Lunatic asylums Central Provinces reports 1886-1894 - 1886-1894
Year: 1886
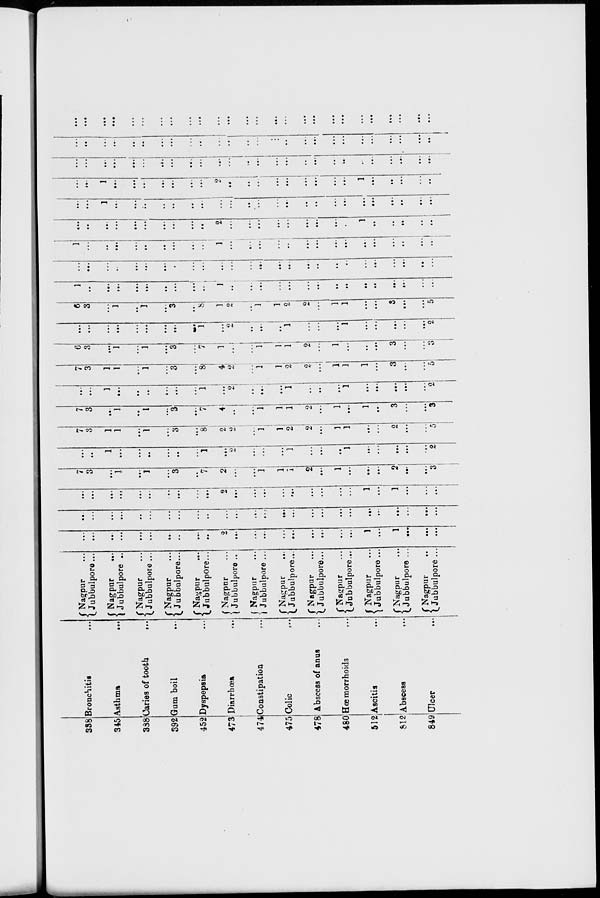
338
345
388
392
452
473
474
475
478
480
512
812
849
Bronchitis
...
Asthma
...
Caries of tooth
...
Gum boil ...
Dyspepsia ...
Diarrhœa
...
Constipation ...
Colic ...
Abscess of anus ...
Hœmorrhoids
...
Ascitis ...
Abscess ...
Ulcer
...
Nagpur ...
Jubbulpore ...
Nagpar
...
Jubbulpore ...
Nagpur ...
Jubbulpore ...
Nagpur ...
Jubbulpore ...
Nagpur
...
Jubbulpore ...
Nagpur ...
Jubbulpore ...
Nagpur ...
Jubbulpore ...
Nagpur ...
Jubbulpore ...
Nagpur ...
Jubbulpore ...
Nagpur ...
Jubbulpore ...
Nagpur ...
Jubbulpore ...
Nagpur ...
Jubbulpore ...
Nagpur ...
Jubbulpore ...
...
...
...
...
...
...
...
...
...
...
2
...
...
...
...
...
...
...
...
...
1
...
1
...
...
...
...
...
...
...
...
...
...
...
...
...
...
...
...
...
...
...
...
...
...
...
...
...
...
...
...
...
...
...
...
...
...
...
...
...
...
...
2
...
...
...
...
...
...
...
...
...
1
...
1
...
...
...
7
3
...
1
...
1
...
3
...
7
2
...
...
1
1
1
2
...
1
...
...
...
2
...
.. .
3
...
...
1
...
...
...
...
...
...
1
...
...
...
...
...
1
...
...
...
1
...
...
...
...
...
2
7
3
1
1
...
1
...
3
...
8
2
...
...
1
...
2
2
...
1
1
...
...
2
...
...
5
7
3
...
1
...
1
...
3
...
7
4
...
...
1
1
1
2
...
1
.. .
1
...
3
...
...
3
...
...
1
...
...
...
...
...
...
1
...
2
...
...
...
1
...
...
...
1
...
...
...
...
...
2
7
3
1
1
...
1
...
3
...
8
4
2
...
1
1
2
2
...
1
1
1
...
3
...
...
5
6
3
...
1
...
1
...
3
...
7
1
...
...
1
1
1
2
...
1
...
...
...
3
...
...
3
...
...
...
...
...
...
...
...
...
1
...
2
...
...
...
1
...
...
...
1
...
...
...
...
...
2
6
3
...
1
...
1
...
3
...
8
1
2
...
1
1
2
...
...
1
1
...
...
3
...
...
5
1
...
...
...
...
...
...
...
...
...
1
...
...
...
...
...
...
...
..
...
...
...
...
...
...
...
...
...
...
...
...
...
...
...
...
...
...
...
...
...
...
...
...
...
...
...
...
...
...
...
...
...
1
...
...
...
...
...
...
...
...
...
1
...
.. .
...
...
...
...
...
...
...
...
...
...
...
...
...
...
...
...
...
...
...
...
...
...
...
2
...
...
...
...
...
...
...
...
...
1
...
...
...
...
...
...
...
1
...
...
...
...
...
...
...
...
...
...
...
...
...
...
...
...
...
...
...
...
...
...
...
...
...
1
...
...
...
...
...
...
...
2
...
...
...
...
...
...
...
...
...
1
...
...
...
...
...
...
...
...
...
...
...
...
...
...
...
...
...
...
...
...
...
...
...
...
...
...
...
...
...
...
...
...
...
...
...
...
...
...
...
...
...
...
...
...
...
...
...
...
...
...
...
...
...
...
...
...
...
...
...
...
...
...
...
...
...
...
...
...
...
...
...
...
...
...
...
...
...
...
...
...
...
...